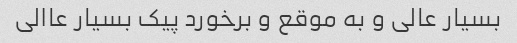
بسیار عالی و به موقع و برخورد پیک بسیار عاالی